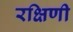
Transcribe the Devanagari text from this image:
रक्षिणी